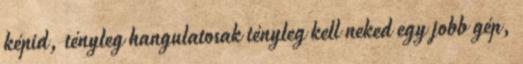
képid, tényleg hangulatosak tényleg kell neked egy jobb gép,